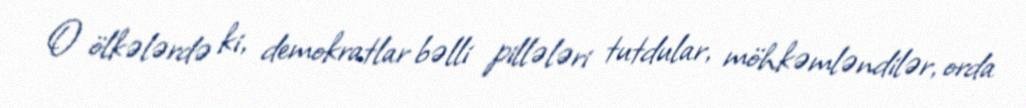
O ölkələrdə ki, demokratlar bəlli pillələri tutdular, möhkəmləndilər, orda